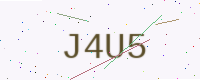
Text: J4U5